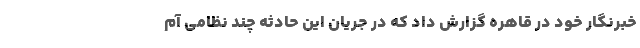
خبرنگار خود در قاهره گزارش داد که در جریان این حادثه چند نظامی آم